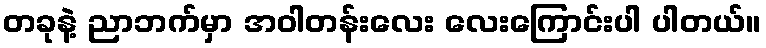
တခုနဲ့ ညာဘက်မှာ အဝါတန်းလေး လေးကြောင်းပါ ပါတယ်။